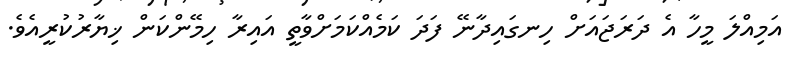
އަމިއްލަ މީހާ އެ ދަރަޖައަށް ހިނގައިދާނޭ ފަދަ ކަމެއްކަމަށްވާތީ އައިރާ ހިމޭންކަން ޚިޔާރުކުރީއެވެ.